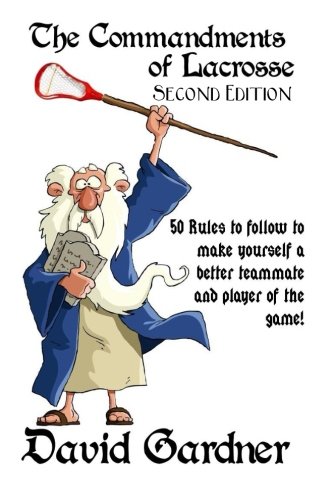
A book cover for The Commandments of Lacrosse: Second Edition: 50 Rules to Make you a Better Lacrosse Player and Teammate with Daily Journal to Track Your Progress; David Gardner; Sports & Outdoors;